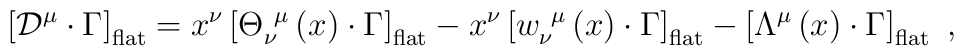
\left[ {\cal D}^\mu \cdot \Gamma \right] _{{\rm flat}}=x^\nu \left[ {\Theta}_\nu ^{~\mu }\left( x\right) \cdot \Gamma \right] _{{\rm flat}}-x^\nu \left[w_\nu ^{~\mu}\left( x\right) \cdot \Gamma \right] _{{\rm flat}}-\left[\Lambda^{\mu }\left( x\right) \cdot \Gamma \right] _{{\rm flat}}\,\,,